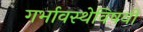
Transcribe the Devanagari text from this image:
गर्भावस्थेविषयी